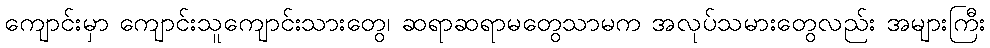
ကျောင်းမှာ ကျောင်းသူကျောင်းသားတွေ၊ ဆရာဆရာမတွေသာမက အလုပ်သမားတွေလည်း အများကြီး